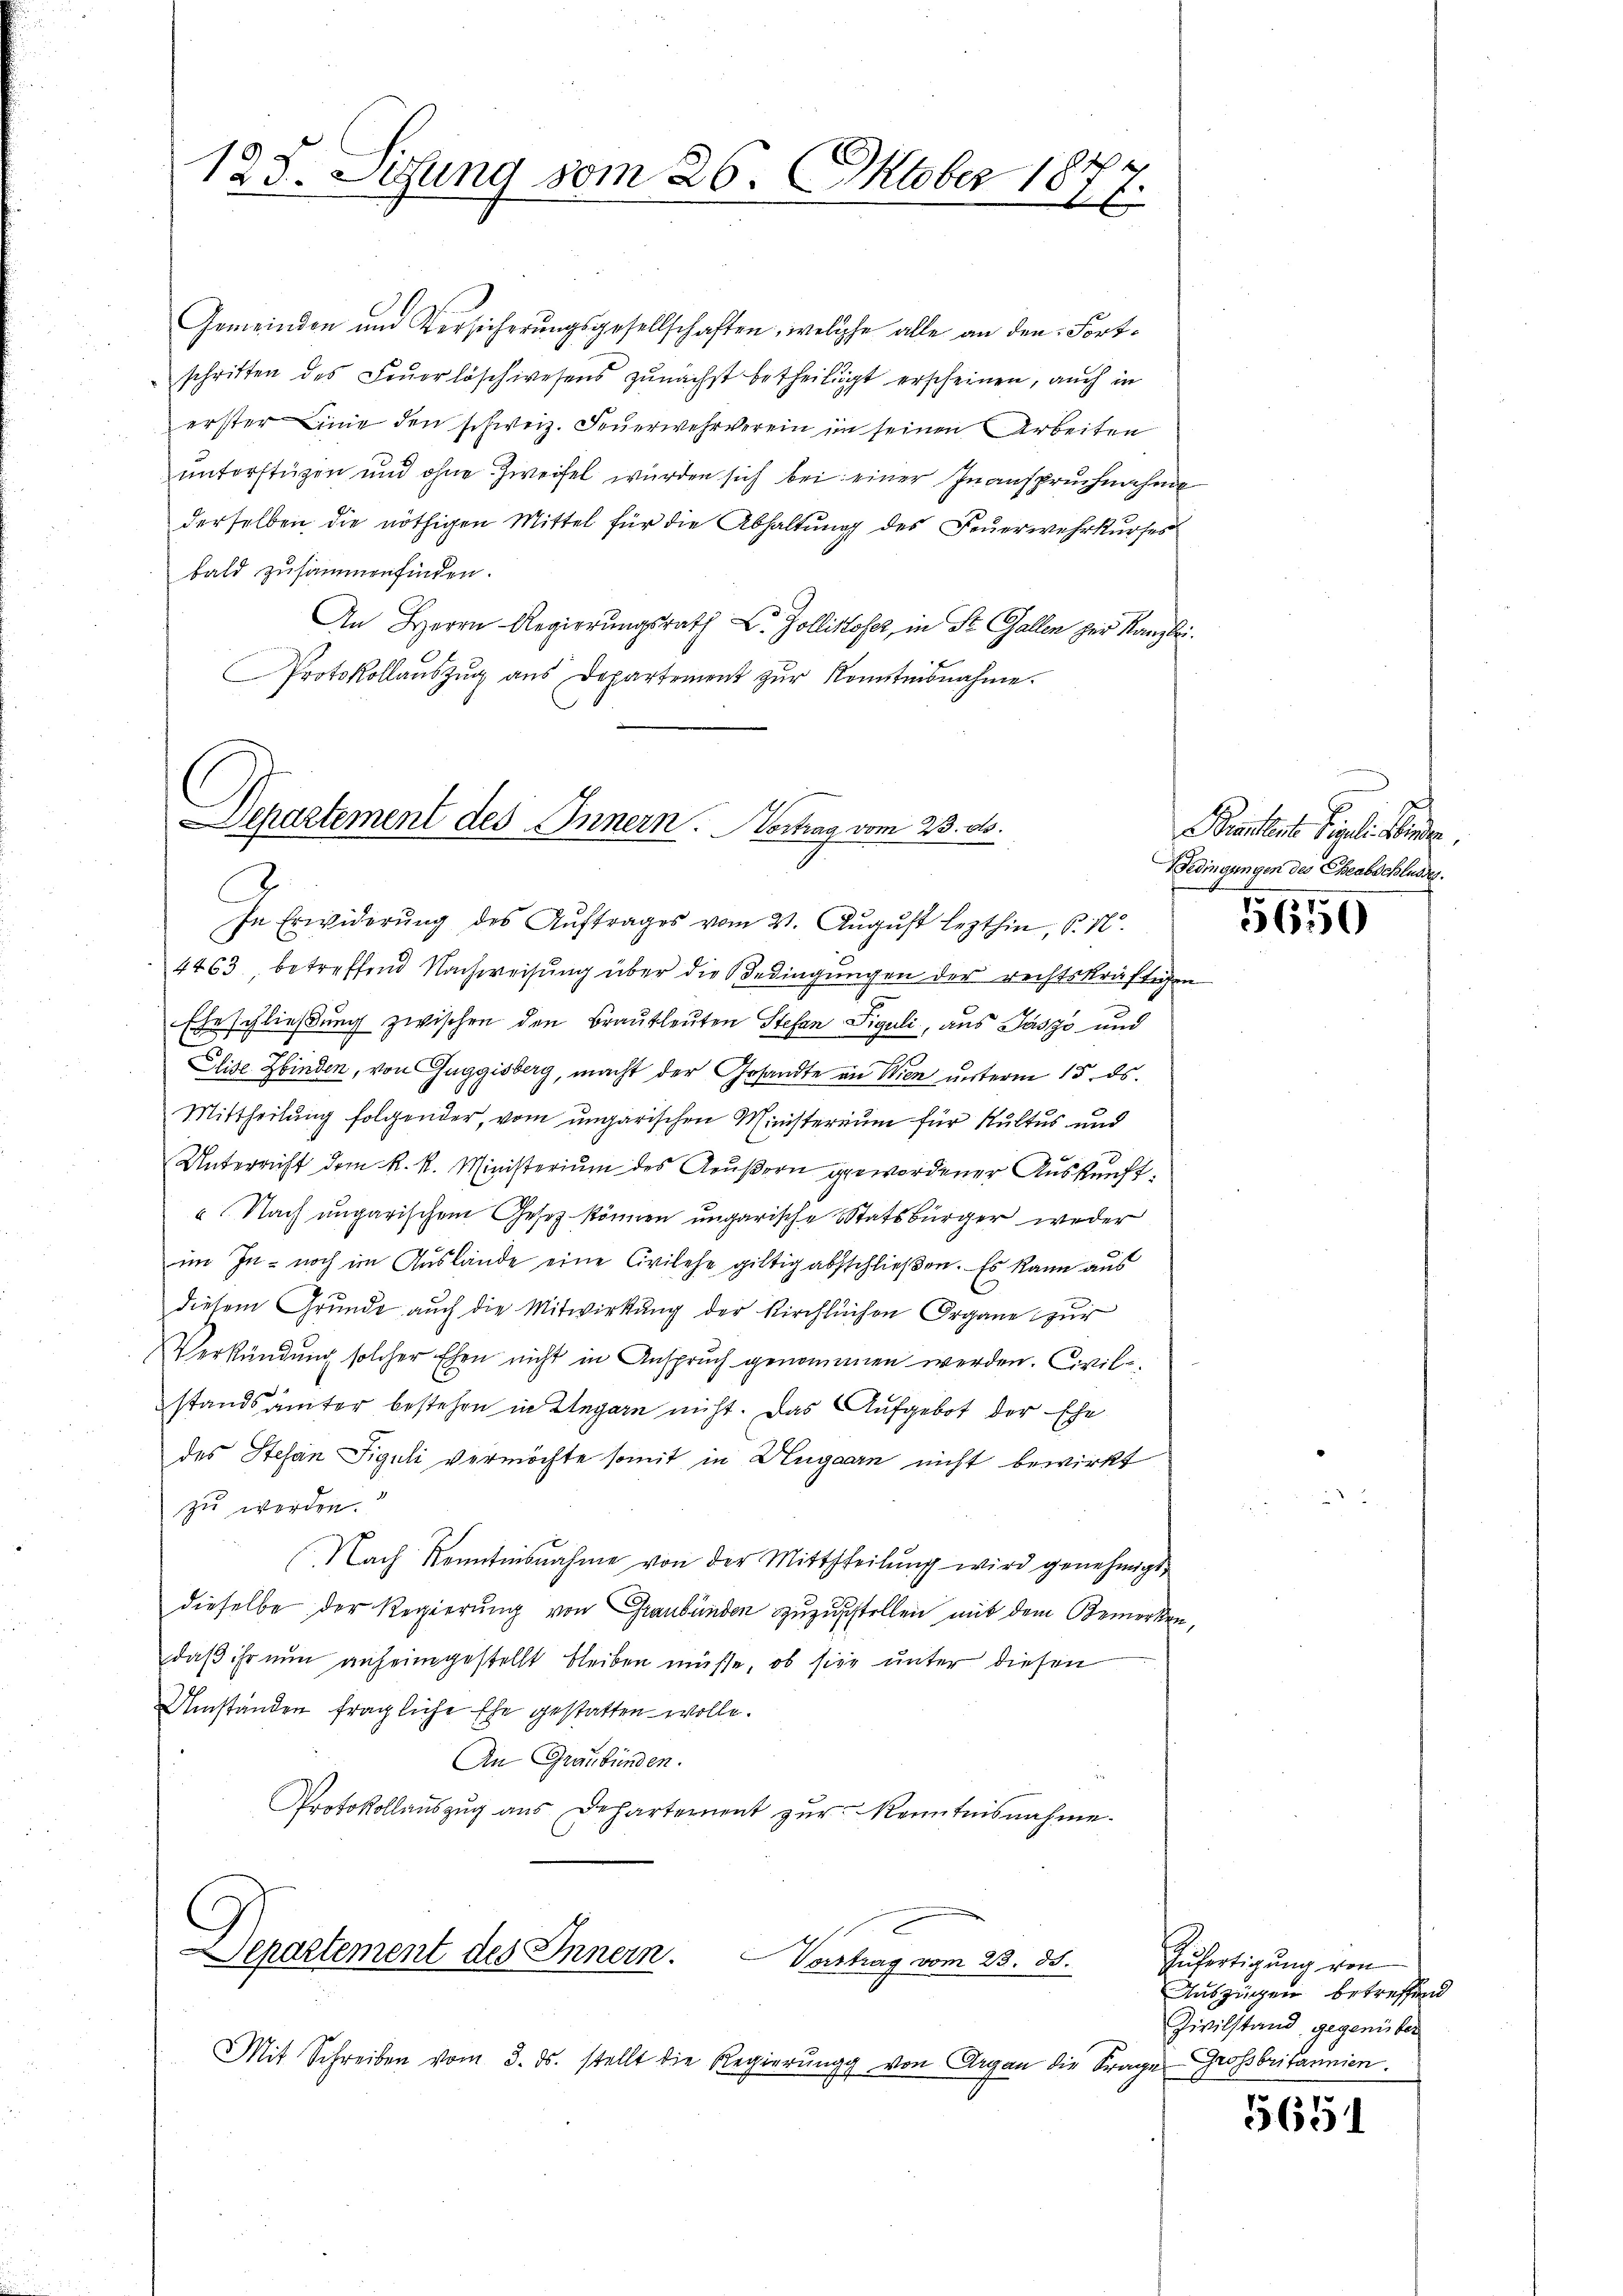
123. Sitzung vom 26. Oktober 18
e
26.

Separtement des Innern. Vertrag vom 23. ds.
In Erwiderŭng des Aŭftrages vom 21. Aŭgŭst lezthin, S. 10.

Gemeinden und Versicherungsgesellschaften, welche alle an den Fortschritten des Feŭerlöschwesens zunächst betheiligt erscheinen, auch in
erster Linie den schweiz. Feuerwehrverein in seinen Arbeiten
unterstüzen und ohne Zweifel wurden sich bei einer Inanspruchnahme
derselben die nöthigen Mittel für die Abhaltung des Feuerwehrkurses
bald zusammenfinden.
An Herrn Regierungsrath L. Zollikofer, in St. Gallen zur Kanzlei¬
Protokollaŭszŭg aŭs Departement zŭr Konntesnahme.

4463 betreffend Nachweisŭng über die Bedingŭngen der rechtskräftigen
Eheschließung zwischen den Brautleuten Stefan Siguli, aus Jászó und
Elise binden, von Guggisberg, macht der Gesandte an Wien unterm 15. ds.
Mittheilung folgender, vom ungarischen Ministerium für Kultus und
J
Unterricht dem R. k. Ministerium des Aeußern gewordener Auskunft¬
Nach ungarischem Gesez können ungarische Statsbürger weder
im In- noch im Auslände eine Civilehe giltig abschließen. Es kann aus
diesem Grunde auch die Mitwirkung der Kirchlichen Organe zur
Verkündung solcher Ehen nicht in Anspruch genommen werden. Civilstandsämter bestehen in Legarn nicht. Das Aufgebot der Ehe
des Stefan Figuli vermöchte somit in Ungarn nicht bewirkt
zu werden.
Nach Kenntnisnahme von der Mittheilŭng wird genehmigt,
dieselbe der Regierung von Graubünden zuzustellen mit dem Bemerken,
daβ ihr nun anheimgestellt bleiben müsse, ob sie unter diesen
Umständen fragliche Ehe gestatten wolle.
An Graubünden.
Protokollauszug aus Departement zŭr Kenntnisnahme.
Departement des Innern.
Vorstung vom 23. 35.
Mit Schreiben vom 3. ds. stellt die Regierung von Argau die Frage Großbritannien.

ch
Pruntert Pigli Kinde.
Bedingungen des Eheabschlusses.

5650

Zufertigung von
Auszügen betreffend
Zivilstand gegenüber

5651